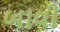
બાવી